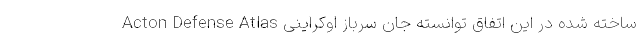
Acton Defense Atlas ساخته شده در این اتفاق توانسته جان سرباز اوکراینی